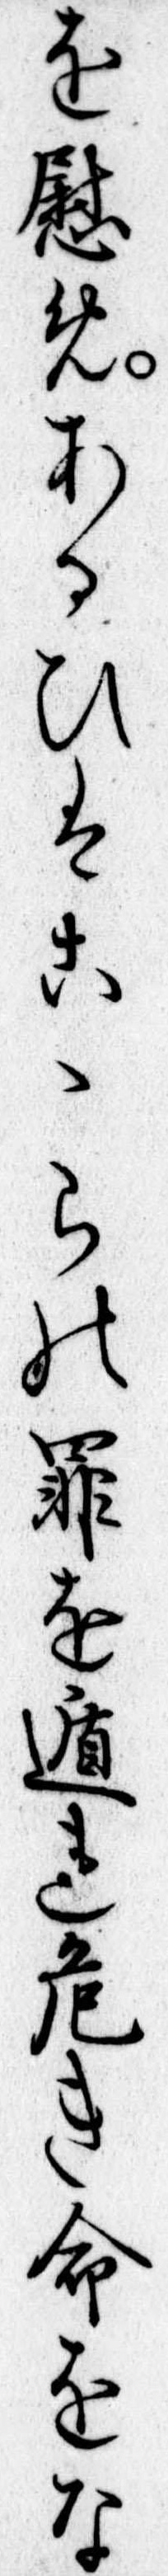
を慰めあるひはこゝらの罪を遁れ危き命をな